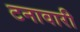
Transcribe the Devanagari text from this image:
टनावारी